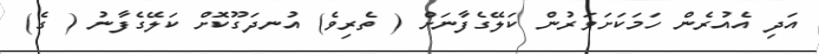
އަދި އެއުރެން ހަމަކަށަވަރުން ކަލޭގެފާނަށް ( ތެރިވެ) އުނދަގޫކޮށް ކަލޭގެފާނު ( ގެ)